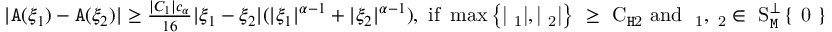
\begin{array} { r } { | \mathtt { A } ( \xi _ { 1 } ) - \mathtt { A } ( \xi _ { 2 } ) | \ge \frac { | C _ { 1 } | c _ { \alpha } } { 1 6 } | \xi _ { 1 } - \xi _ { 2 } | ( | \xi _ { 1 } | ^ { \alpha - 1 } + | \xi _ { 2 } | ^ { \alpha - 1 } ) , \mathrm { ~ i f ~ \operatorname* { m a x } \left\{ | \xi _ 1 | , | \xi _ 2 | \right\} ~ \ge ~ C _ { \mathtt { H } 2 } ~ a n d ~ \xi _ 1 , \xi _ 2 \in ~ S _ \mathtt { M } ^ \perp \left\{ ~ 0 ~ \right\} ~ } } \end{array}